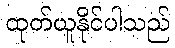
ထုတ်ယူနိုင်ပါသည်